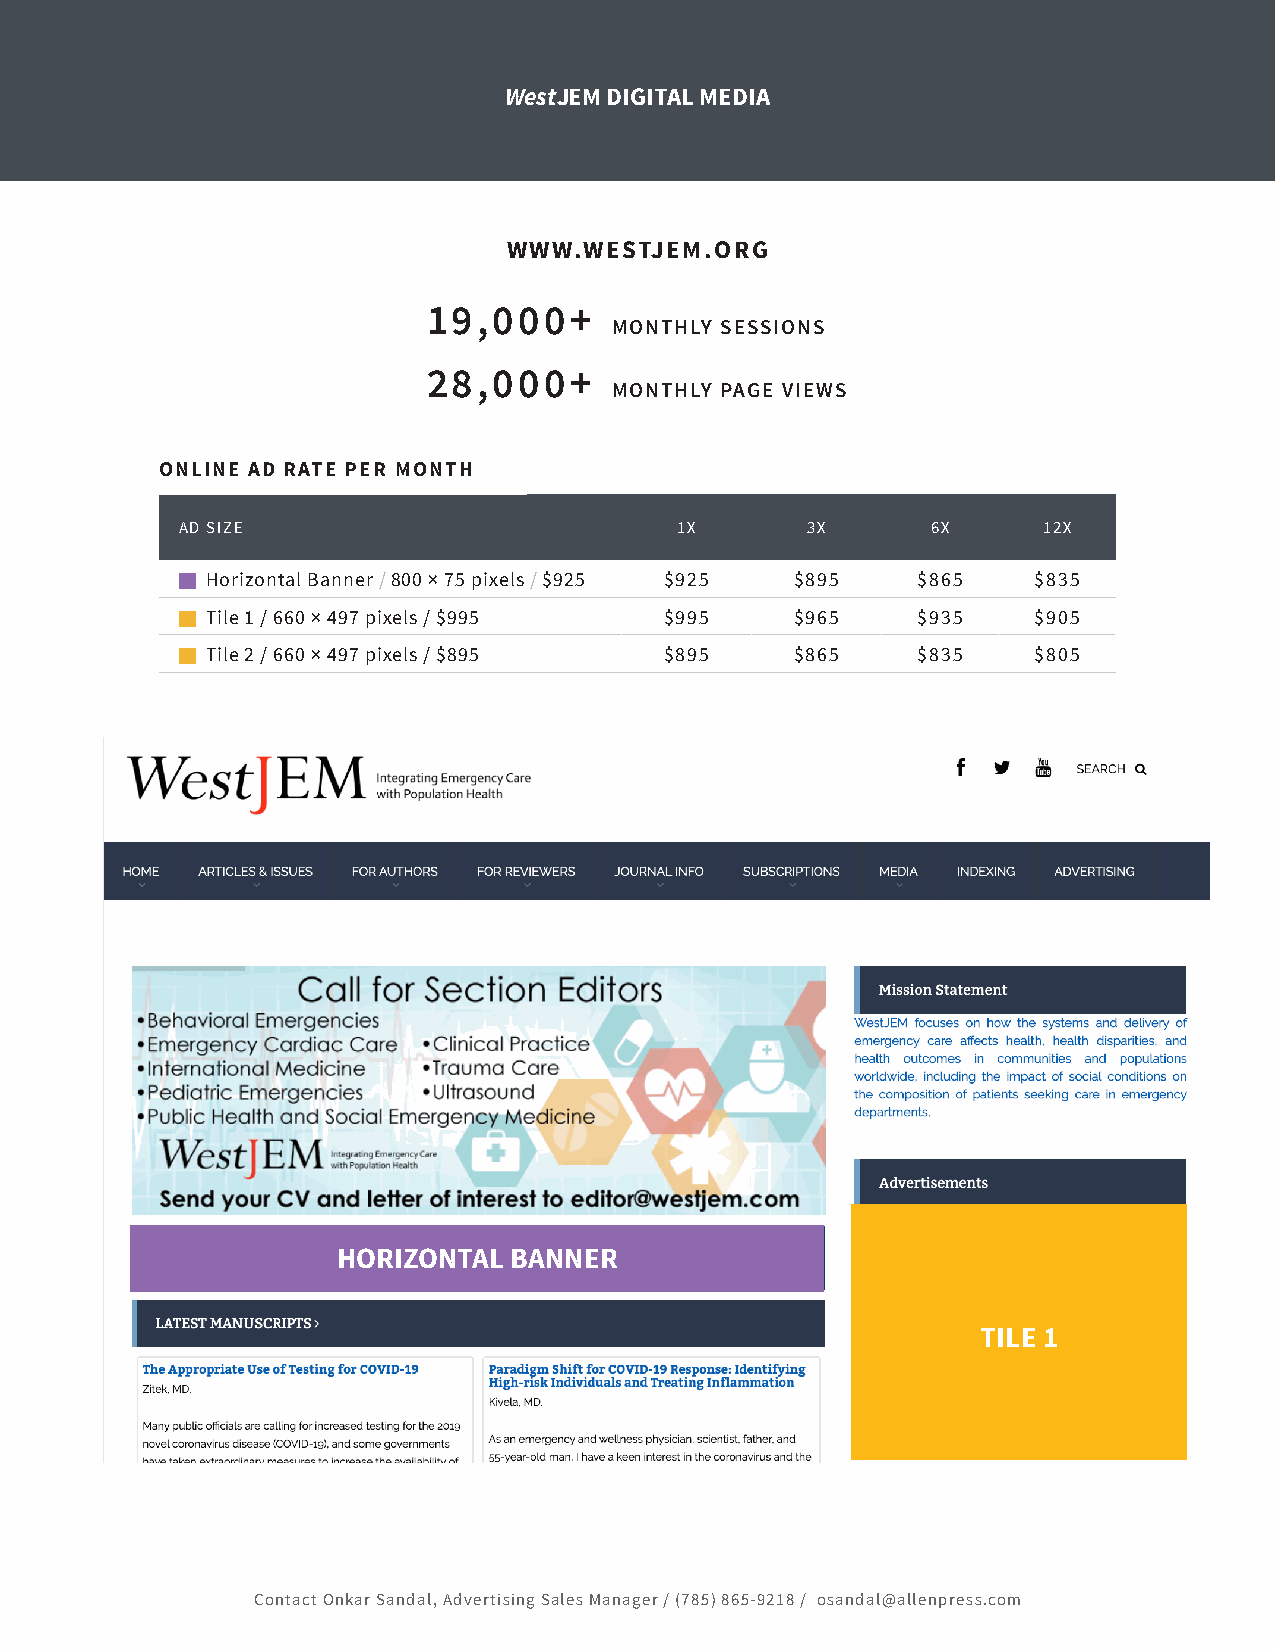
WestJEM DIGITAL MEDIA
 WWW.WESTJEM.ORG
 19,000+
 MONTHLY SESSIONS
 28,000+
 MONTHLY PAGE VIEWS
 ONLINE AD RATE PER MONTH
 ONLINE AD RATE PER MONTH
 AD SIZE                          1X      3X       6X     12X
  Horizontal Banner / 800 × 75 pixels / $925 $925 $895 $865 $835
  Tile 1 / 660 × 497 pixels / $995 $995  $965    $935   $905
  Tile 2 / 660 × 497 pixels / $895 $895  $865    $835   $805
 HORIZONTAL  BANNER
 TILE 1
 Contact Onkar Sandal, Advertising Sales Manager / (785) 865-9218 / osandal@allenpress.com